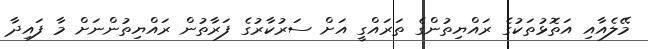
މޭލެއާއި އަތޮޅުތަކުގެ ރައްޔިތުންގެ ތަރައްގީ އަށް ސަރުކާރުގެ ފަރާތުން ރައްޔިތުންނަށް މާ ފައިދާ